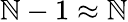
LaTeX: \mathbb{N}-1\approx\mathbb{N}